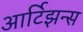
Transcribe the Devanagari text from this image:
आर्टिझन्स